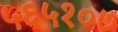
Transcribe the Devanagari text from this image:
५६५१०७